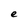
Character: e